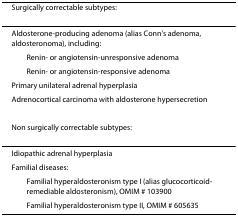
| Surgically correctable subtypes: |
 | Aldosterone-producing adenoma (alias Conn's adenoma, aldosteronoma), including: |
 | Renin- or angiotensin-unresponsive adenoma |
 | Renin- or angiotensin-responsive adenoma |
 | Primary unilateral adrenal hyperplasia |
 | Adrenocortical carcinoma with aldosterone hypersecretion |
 | Non surgically correctable subtypes: |
 | --- |
 | Idiopathic adrenal hyperplasia |
 | Familial diseases: |
 | Familial hyperaldosteronism type I (alias glucocorticoid-remediable aldosteronism), OMIM # 103900 |
 | Familial hyperaldosteronism type II, OMIM # 605635 |